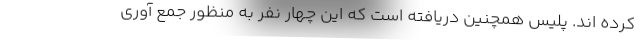
کرده اند. پلیس همچنین دریافته است که این چهار نفر به منظور جمع آوری